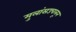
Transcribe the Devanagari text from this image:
मुलांसउचलून